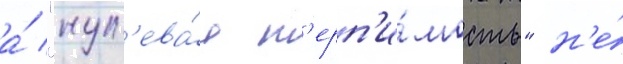
а́ "нул'ева́я т'ерп'и́мость" н'е́